Riigikantselei, lk 129
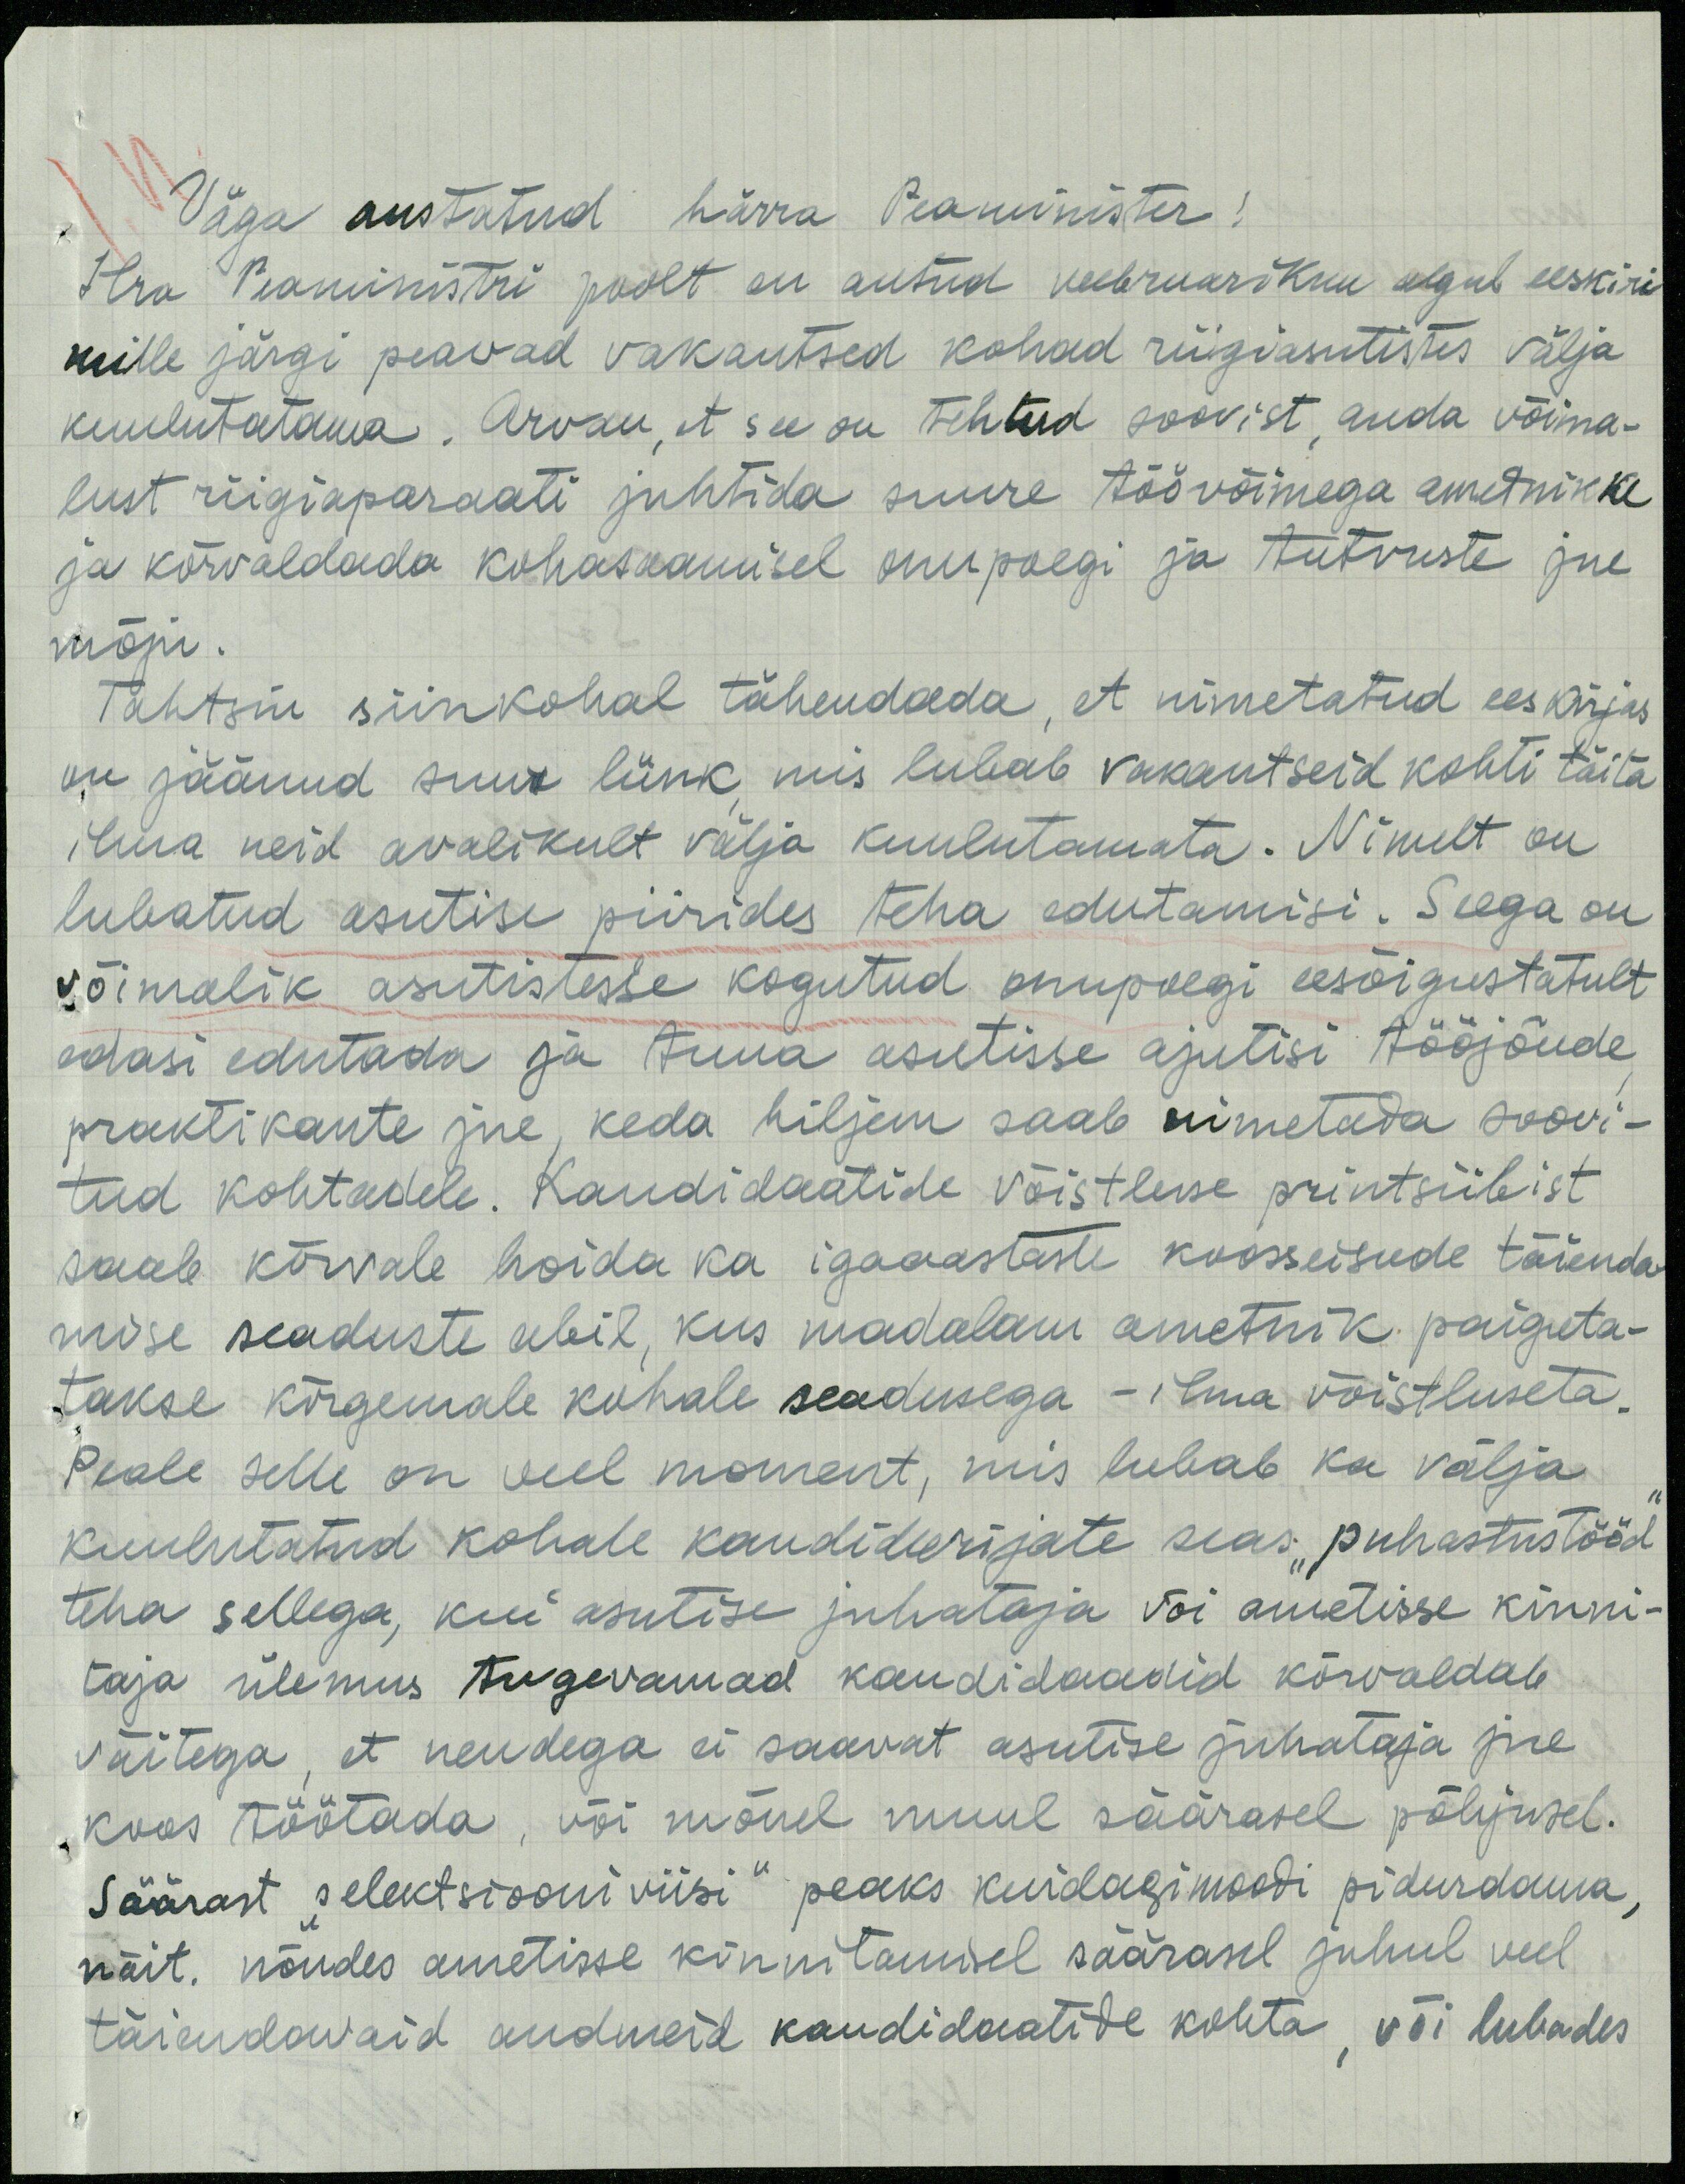
Väga austatud härra Peaminister!
Hra Peaministri poolt on antud veebruarikuu algul eeskiri-
mille järgi peavad vakantsed kohad riigiasutistes välja
kuulutatama. Arvan, et see on tehtud soovist, anda võima-
lust riigiaparaati juhtida suure töövõimega ametnkke
ja kõrwaldada kohasaamisel onupoegi ja tutvuste jne.
mõju.
Tahtsin siinkohal tähendada, et nimetatud eeskirjas
on jäänud suur lünk mis lubab vakantseid kohti täita
ilma neid avalikult välja kuulutamata. Nimelt on
lubatud asutise piirides teha edutamisi. Seega on
võimalik asutistesse kogutud onupoegi eesõigustatult
edasi edutada ja tuua asutisse ajutisi tööjõude,
praktikante jne, keda hiljem saab nimetada soovi-
tud kohtadele. Kandidaatide võistluse printsiibist
saab kõrvale hoida ka igaaastaste koosseisude täienda
mise seaduste abil, kus madalam ametnik paigeta-
takse kõrgemale kohale seadusega - ilma võistluseta.
Peale selle on veel moment, mis lubab ka välja.
kuulutatud kohale kandideerijate seas; puhastustööd
teha sellega, kui asutise juhataja või ametisse kinni-
taja ülemus tugevamad kandidaadid kõrvaldab
väitega, et nendega ei saavat asutise juhataja jne.
koos töötada, või mõnel muul säärasel põhjusel.
Säärast selektsiooniviisi" peaks kuidagimoodi pidurdama,
näit. nõudes ametisse kinnitamisel säärasel juhul veel
täiendavaid andmeid kandidaatide kohta, või lubades